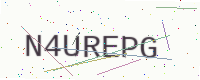
Text: N4UREPG